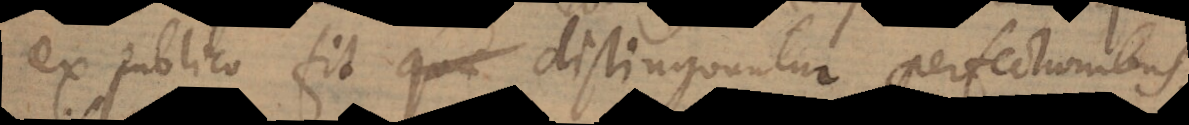
ex publico fit distinguuntur perfectionibus,